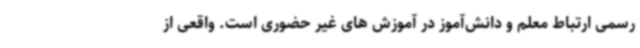
رسمی ارتباط معلم و دانش‌آموز در آموزش های غیر حضوری است. واقعی از